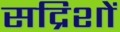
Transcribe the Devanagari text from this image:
सद्रिशों